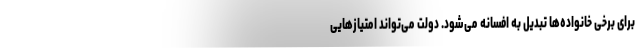
برای برخی خانواده‌ها تبدیل به افسانه می‌شود. دولت می‌تواند امتیازهایی